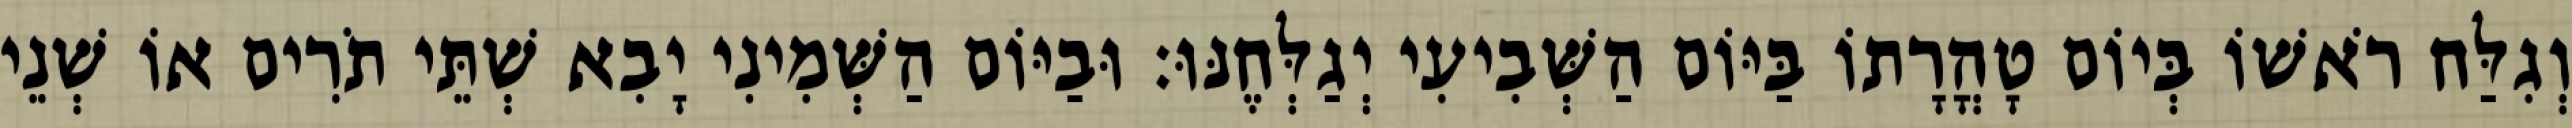
וְגִלַּח רֹאשׁוֹ בְּיוֹם טָהֳרָתוֹ בַּיּוֹם הַשְּׁבִיעִי יְגַלְּחֶנּוּ׃ וּבַיּוֹם הַשְּׁמִינִי יָבִא שְׁתֵּי תֹרִים אוֹ שְׁנֵי